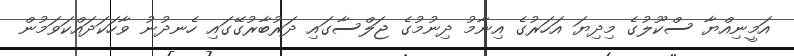
އަމީނިއްޔާ ސްކޫލުގެ މިދިޔަ އަހަރުގެ އިނާމު ދިނުމުގެ ޖަލްސާގައި ދަރުބާރުގޭގައި ހެނދުނު ވާހަކަދައްކަވަމުން